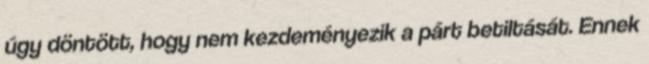
úgy döntött, hogy nem kezdeményezik a párt betiltását. Ennek